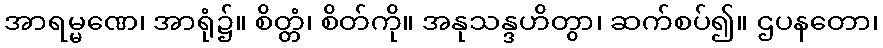
အာရမ္မဏေ၊ အာရုံ၌။ စိတ္တံ၊ စိတ်ကို။ အနုသန္ဒဟိတွာ၊ ဆက်စပ်၍။ ဌပနတော၊